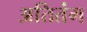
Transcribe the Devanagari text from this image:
अतितंग